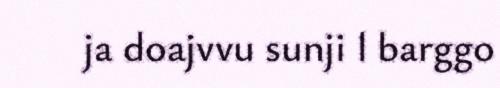
ja doajvvu sunji l barggo